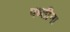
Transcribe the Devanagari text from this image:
पध्तीना